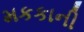
મકકાની